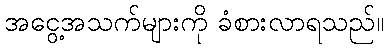
အငွေ့အသက်များကို ခံစားလာရသည်။